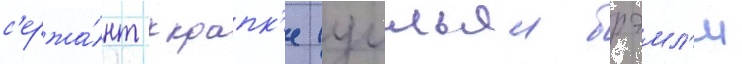
с'ержа́нт крапк'е (уильям брэмл'и